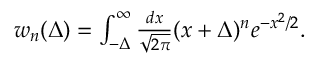
\begin{array} { r } { w _ { n } ( \Delta ) = \int _ { - \Delta } ^ { \infty } \frac { d x } { \sqrt { 2 \pi } } ( x + \Delta ) ^ { n } e ^ { - x ^ { 2 } / 2 } . } \end{array}